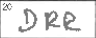
Transcription: DRR